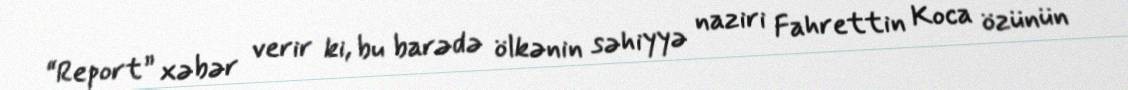
“Report” xəbər verir ki, bu barədə ölkənin səhiyyə naziri Fahrettin Koca özünün